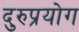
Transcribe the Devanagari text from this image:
दुरुप्रयोग